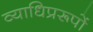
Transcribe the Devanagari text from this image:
व्याधिप्ररूपों